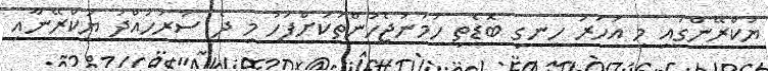
ޔުކްރޭންގައި މި އަހަރު ހިނގި ބޮޑެތި ހަމަނުޖެހުންތަކަށްފަހު މި ދެ ސަރަހައްދު ޔުކްރޭނާއި